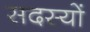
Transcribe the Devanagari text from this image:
सदस्याें